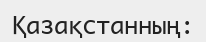
Қазақстанның: